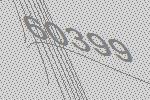
60399